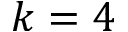
k = 4